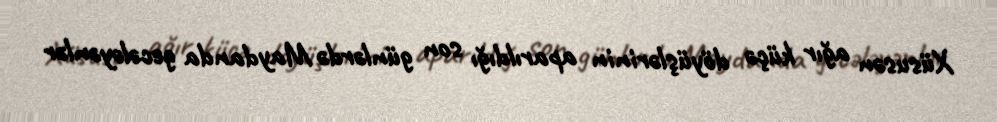
Xüsusən ağır küçə döyüşlərinin aparıldığı son günlərdə Maydanda gecələyənlər